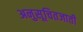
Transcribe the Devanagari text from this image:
अनुसूचितजाती